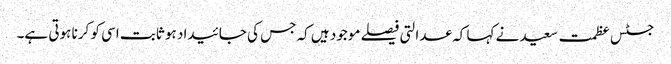
جسٹس عظمت سعید نے کہا کہ عدالتی فیصلے موجود ہیں کہ جس کی جائیداد ہو ثابت اسی کو کرنا ہوتی ہے۔